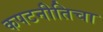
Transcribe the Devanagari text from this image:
कपटनीतिचा